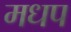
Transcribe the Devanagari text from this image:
मधप